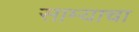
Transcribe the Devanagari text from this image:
साम्याचा